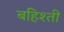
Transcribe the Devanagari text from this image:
बहिश्ती